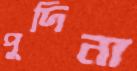
পুদিনা